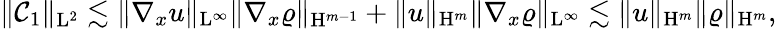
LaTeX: \begin{array}{r}{\Vert\mathcal{C}_{1}\Vert_{\mathrm{L}^{2}}\lesssim\Vert\nabla_{x}u\Vert_{\mathrm{L}^{\infty}}\Vert\nabla_{x}\varrho\Vert_{\mathrm{H}^{m-1}}+\Vert u\Vert_{\mathrm{H}^{m}}\Vert\nabla_{x}\varrho\Vert_{\mathrm{L}^{\infty}}\lesssim\Vert u\Vert_{\mathrm{H}^{m}}\Vert\varrho\Vert_{\mathrm{H}^{m}},}\end{array}